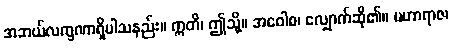
အဘယ်လက္ခဏာရှိပါသနည်း။ ဣတိ၊ ဤသို့။ အဝေါစ၊ လျှောက်ဆို၏။ မဟာရာဇ၊